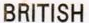
BRITISH